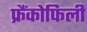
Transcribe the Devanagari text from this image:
फ्रैंकोफिली